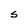
Character: S